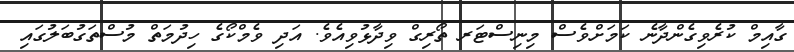
ގާއިމް ކުރެވިގެންދާނެ ކަމަށްވެސް މިނިސްޓަރ ތޯރިގް ވިދާޅުވިއެވެ. އަދި ވެމްކޯގެ ހިދުމަތް މުސްތަގުބަލުގައި